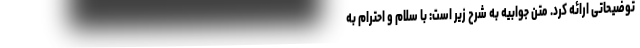
توضیحاتی ارائه کرد. متن جوابیه به شرح زیر است: با سلام و احترام به